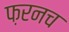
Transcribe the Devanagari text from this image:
फ़रनच